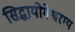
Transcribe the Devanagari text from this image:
सिद्धायोगेश्वराय